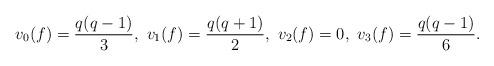
LaTeX: \begin{align*}v_{0}(f)=\frac{q(q-1)}{3},~v_{1}(f)=\frac{q(q+1)}{2},~v_{2}(f)=0,~v_{3}(f)=\frac{q(q-1)}{6}.\end{align*}